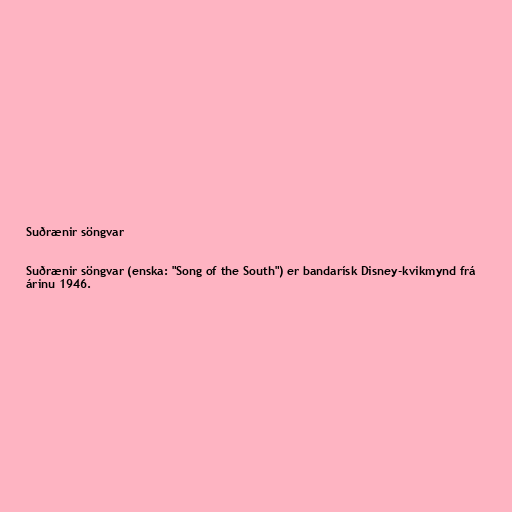
Suðrænir söngvar

Suðrænir söngvar (enska: "Song of the South") er bandarísk Disney-kvikmynd frá
árinu 1946.